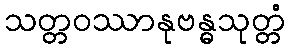
သတ္တဝဿာနုဗန္ဓသုတ္တံ